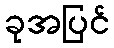
ခုအပြင်